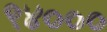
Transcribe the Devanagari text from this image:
९४०००